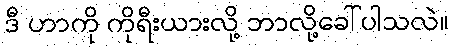
ဒီ ဟာကို ကိုရီးယားလို့ ဘာလို့ခေါ်ပါသလဲ။